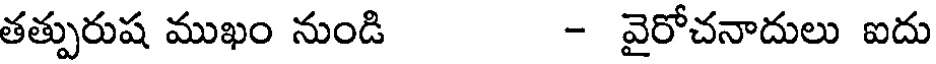
తత్పురుష ముఖం నుండి - వైరోచనాదులు ఐదు